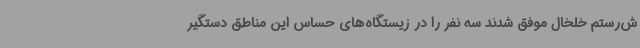
ش‌رستم خلخال موفق شدند سه نفر را در زیستگاه‌های حساس این مناطق دستگیر